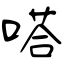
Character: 嗒